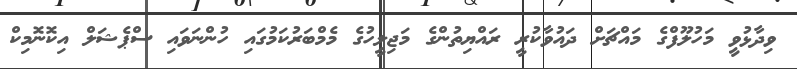
ވިދާޅުވީ މަހުލޫފްގެ މައްޗަށް ދައުވާކުރީ ރައްޔިތުންގެ މަޖިލީހުގެ މެމްބަރުކަމުގައި ހުންނަވައި ސްޕެޝަލް އިކޮނޮމިކް